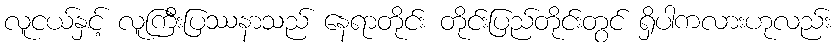
လူငယ်နှင့် လူကြီးပြဿနာသည် နေရာတိုင်း တိုင်းပြည်တိုင်းတွင် ရှိပါကလားဟုလည်း